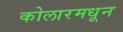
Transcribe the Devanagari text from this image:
कोलारमधून